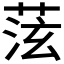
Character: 𫈞